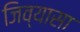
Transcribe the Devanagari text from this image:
जिव्यासा